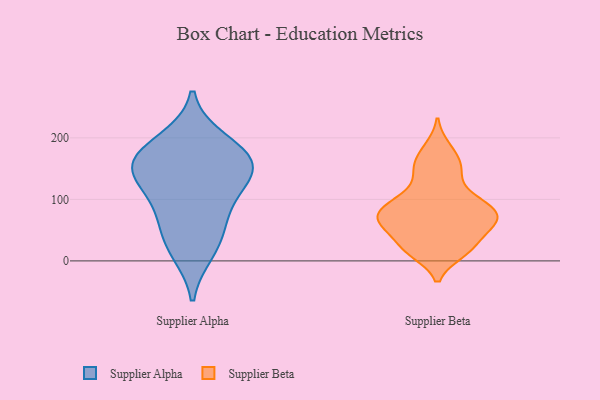
{"axis": {"x": "Backlog", "y": "Value"}, "legend": ["Supplier Alpha", "Supplier Beta"], "data": [{"x": "", "y": 38, "type": "Supplier Alpha"}, {"x": "", "y": 142, "type": "Supplier Alpha"}, {"x": "", "y": 100, "type": "Supplier Alpha"}, {"x": "", "y": 151, "type": "Supplier Alpha"}, {"x": "", "y": 75, "type": "Supplier Alpha"}, {"x": "", "y": 142, "type": "Supplier Alpha"}, {"x": "", "y": 172, "type": "Supplier Alpha"}, {"x": "", "y": 195, "type": "Supplier Alpha"}, {"x": "", "y": 16, "type": "Supplier Alpha"}, {"x": "", "y": 167, "type": "Supplier Alpha"}, {"x": "", "y": 143, "type": "Supplier Beta"}, {"x": "", "y": 55, "type": "Supplier Beta"}, {"x": "", "y": 149, "type": "Supplier Beta"}, {"x": "", "y": 163, "type": "Supplier Beta"}, {"x": "", "y": 50, "type": "Supplier Beta"}, {"x": "", "y": 78, "type": "Supplier Beta"}, {"x": "", "y": 101, "type": "Supplier Beta"}, {"x": "", "y": 185, "type": "Supplier Beta"}, {"x": "", "y": 74, "type": "Supplier Beta"}, {"x": "", "y": 73, "type": "Supplier Beta"}, {"x": "", "y": 71, "type": "Supplier Beta"}, {"x": "", "y": 77, "type": "Supplier Beta"}, {"x": "", "y": 25, "type": "Supplier Beta"}, {"x": "", "y": 25, "type": "Supplier Beta"}, {"x": "", "y": 13, "type": "Supplier Beta"}, {"x": "", "y": 106, "type": "Supplier Beta"}, {"x": "", "y": 99, "type": "Supplier Beta"}, {"x": "", "y": 13, "type": "Supplier Beta"}, {"x": "", "y": 58, "type": "Supplier Beta"}]}